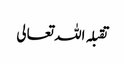
تقبلہ اللہ تعالی